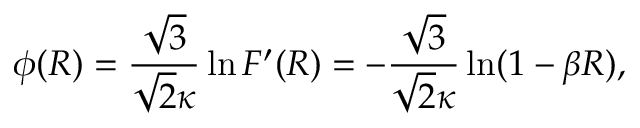
\phi ( R ) = \frac { \sqrt { 3 } } { \sqrt { 2 } \kappa } \ln F ^ { \prime } ( R ) = - \frac { \sqrt { 3 } } { \sqrt { 2 } \kappa } \ln ( 1 - \beta R ) ,